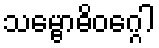
သမ္ဗောဓိဝဂ္ဂေါ